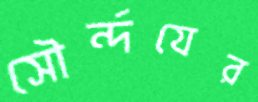
সৌর্ন্দযের